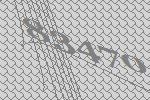
83470